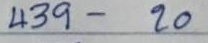
439 - 20